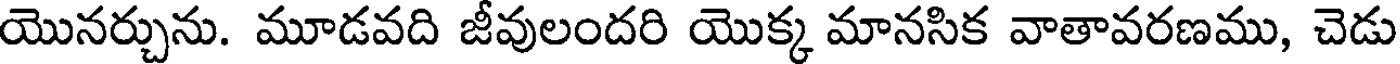
యొనర్చును. మూడవది జీవులందరి యొక్క మానసిక వాతావరణము, చెడు